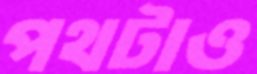
পথটাও